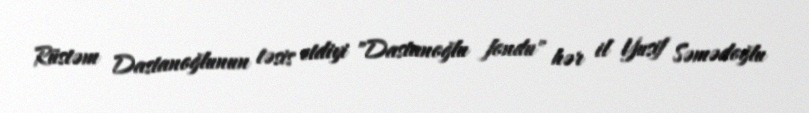
Rüstəm Dastanoğlunun təsis etdiyi "Dastanoğlu fondu" hər il Yusif Səmədoğlu